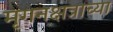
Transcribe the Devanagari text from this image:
मृगनक्षत्राच्या